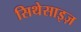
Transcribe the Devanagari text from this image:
सिथेसाइज़